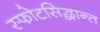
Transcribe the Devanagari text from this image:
स्फोटसिद्धान्त